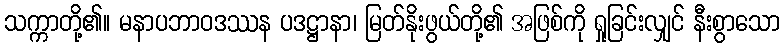
သက္ကာတို့၏။ မနာပဘာဝဒဿန ပဒဋ္ဌာနာ၊ မြတ်နိုးဖွယ်တို့၏ အဖြစ်ကို ရှုခြင်းလျှင် နီးစွာသော